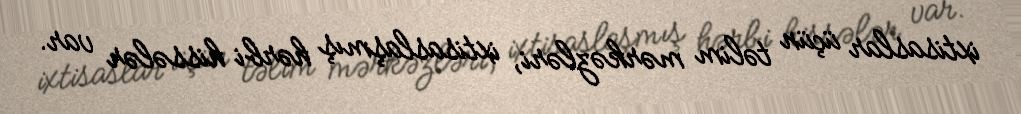
ixtisaslar üçün təlim mərkəzləri, ixtisaslaşmış hərbi hissələr var.